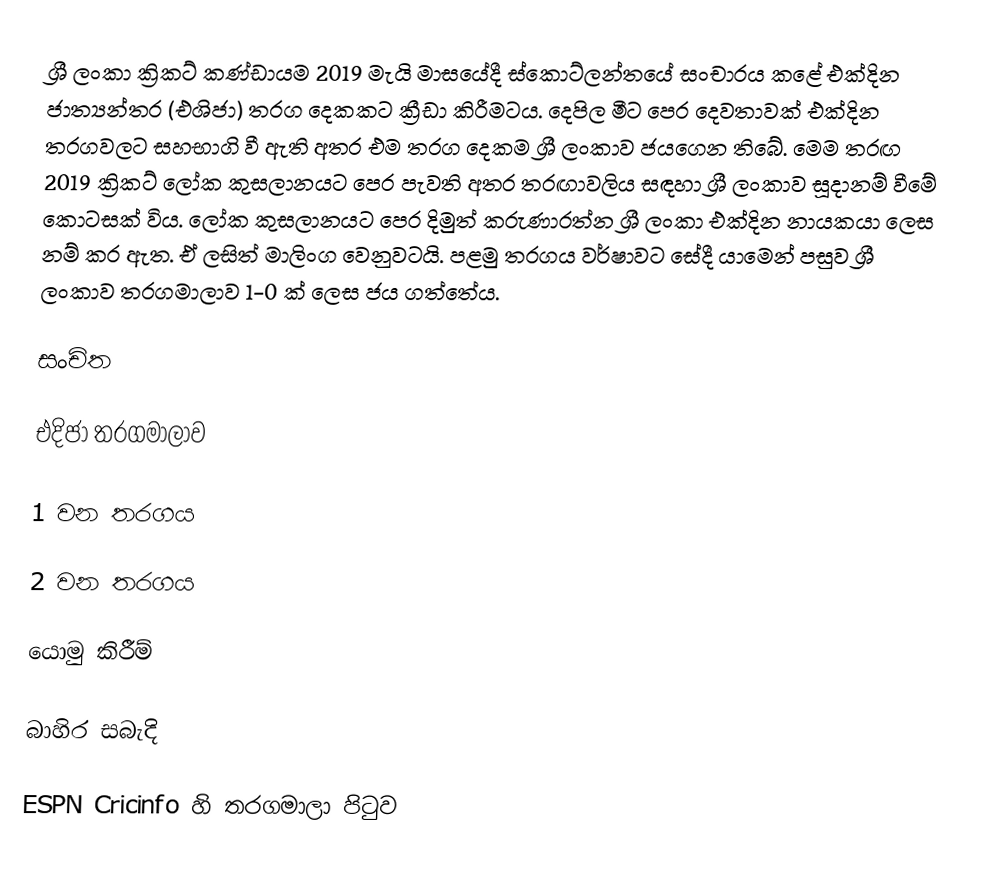
ශ්‍රී ලංකා ක්‍රිකට් කණ්ඩායම 2019 මැයි මාසයේදී ස්කොට්ලන්තයේ සංචාරය කළේ එක්දින ජාත්‍යන්තර (එශිජා) තරග දෙකකට ක්‍රීඩා කිරීමටය. දෙපිල මීට පෙර දෙවතාවක් එක්දින තරගවලට සහභාගි වී ඇති අතර එම තරග දෙකම ශ්‍රී ලංකාව ජයගෙන තිබේ. මෙම තරඟ 2019 ක්‍රිකට් ලෝක කුසලානයට පෙර පැවති අතර තරඟාවලිය සඳහා ශ්‍රී ලංකාව සූදානම් වීමේ කොටසක් විය. ලෝක කුසලානයට පෙර දිමුත් කරුණාරත්න ශ්‍රී ලංකා එක්දින නායකයා ලෙස නම් කර ඇත. ඒ ලසිත් මාලිංග වෙනුවටයි. පළමු තරගය වර්ෂාවට සේදී යාමෙන් පසුව ශ්‍රී ලංකාව තරගමාලාව 1-0 ක් ලෙස ජය ගත්තේය.

සංචිත

එදිජා තරගමාලාව

1 වන තරගය

2 වන තරගය

යොමු කිරීම්

බාහිර සබැදි

 ESPN Cricinfo හි තරගමාලා පිටුව